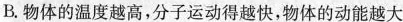
B. 物体的温度越高，分子运动得越快，物体的动能越大